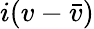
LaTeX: i(v-{\bar{v}})